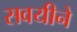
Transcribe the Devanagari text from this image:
सवयीने